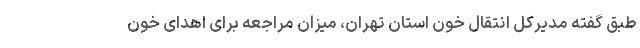
طبق گفته مدیرکل انتقال خون استان تهران، میزان مراجعه برای اهدای خون